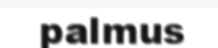
palmus